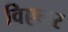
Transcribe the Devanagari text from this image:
विएनर